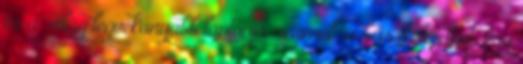
és a “világ legvékonyabb laptopja címmel” is büszkélkedhet. Így